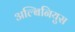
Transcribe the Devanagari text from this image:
अल्बिनियुस